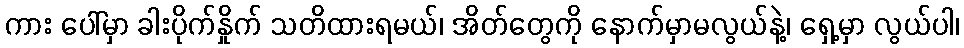
ကား ပေါ်မှာ ခါးပိုက်နှိုက် သတိထားရမယ်၊ အိတ်တွေကို နောက်မှာမလွယ်နဲ့၊ ရှေ့မှာ လွယ်ပါ၊